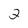
Character: 2